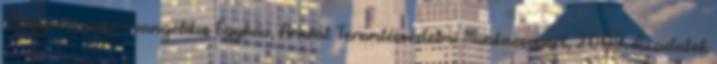
Magyarországi Evangélikus Egyház, Ararát Teremtésvédelmi Munkacsoport, 2009. Az adatok